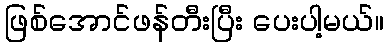
ဖြစ်အောင်ဖန်တီးပြီး ပေးပါ့မယ်။